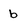
Character: b